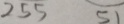
2 5 5 5 1